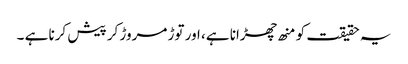
یہ حقیقت کو منھ چھڑانا ہے، اور توڑ مروڑ کر پیش کرنا ہے ۔